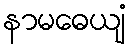
နာမဓေယျံ